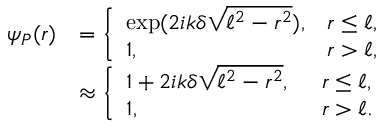
\begin{array} { r l } { \psi _ { P } ( r ) } & { = \left\{ \begin{array} { l l } { \exp ( 2 i k \delta \sqrt { \ell ^ { 2 } - r ^ { 2 } } ) , } & { r \le \ell , } \\ { 1 , } & { r > \ell , } \end{array} \right. } \\ & { \approx \left\{ \begin{array} { l l } { 1 + 2 i k \delta \sqrt { \ell ^ { 2 } - r ^ { 2 } } , ~ \, } & { r \le \ell , } \\ { 1 , } & { r > \ell . } \end{array} \right. } \end{array}